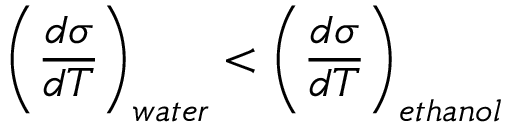
\left( \frac { d \sigma } { d T } \right) _ { w a t e r } < \left( \frac { d \sigma } { d T } \right) _ { e t h a n o l }